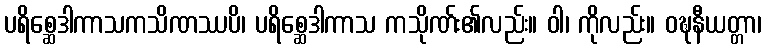
ပရိစ္ဆေဒါကာသကသိဏဿပိ၊ ပရိစ္ဆေဒါကာသ ကသိုဏ်း၏လည်း။ ဝါ၊ ကိုလည်း။ ဝဍ္ဎနီယတ္တာ၊